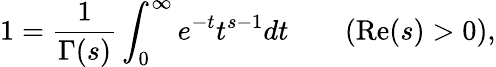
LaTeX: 1={\frac{1}{\Gamma(s)}}\int_{0}^{\infty}e^{-t}t^{s-1}dt\qquad(\operatorname{Re}(s)>0),